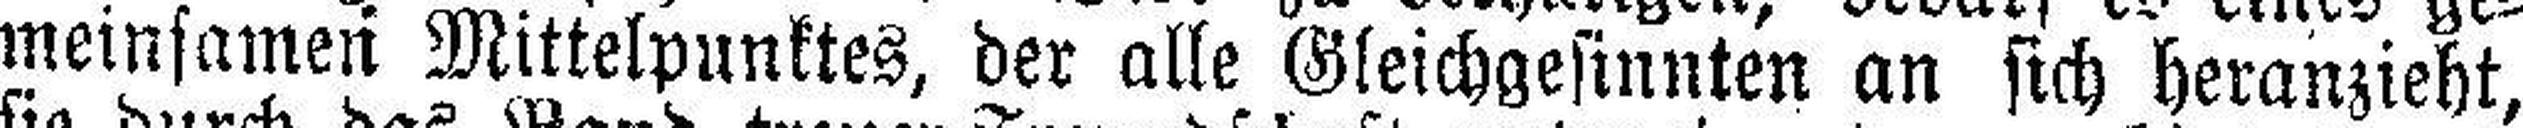
meinsamen Mittelpunktes, der alle Gleichgesinnten an sich heranzieht,